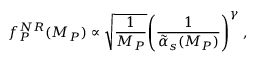
f _ { P } ^ { N R } ( M _ { P } ) \propto \sqrt { \frac { 1 } { M _ { P } } } { \left( \frac { 1 } { \tilde { \alpha } _ { s } ( M _ { P } ) } \right) } ^ { \gamma } \; ,